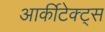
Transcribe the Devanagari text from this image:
आर्कीटेक्ट्स